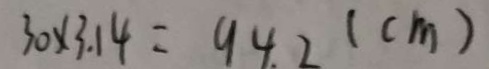
3 0 \times 3 . 1 4 = 9 4 . 2 ( c m )